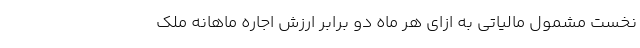
نخست مشمول مالیاتی به ازای هر ماه دو برابر ارزش اجاره ماهانه ملک